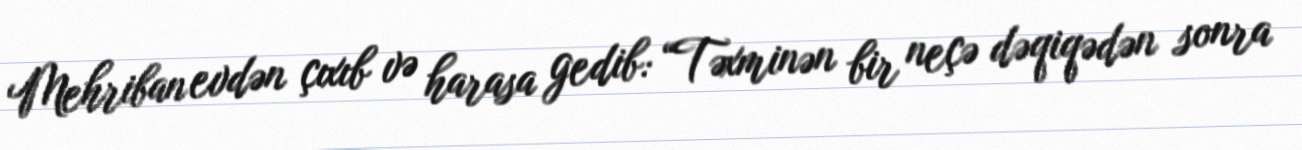
Mehriban evdən çıxıb və harasa gedib: “Təxminən bir neçə dəqiqədən sonra